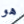
هو